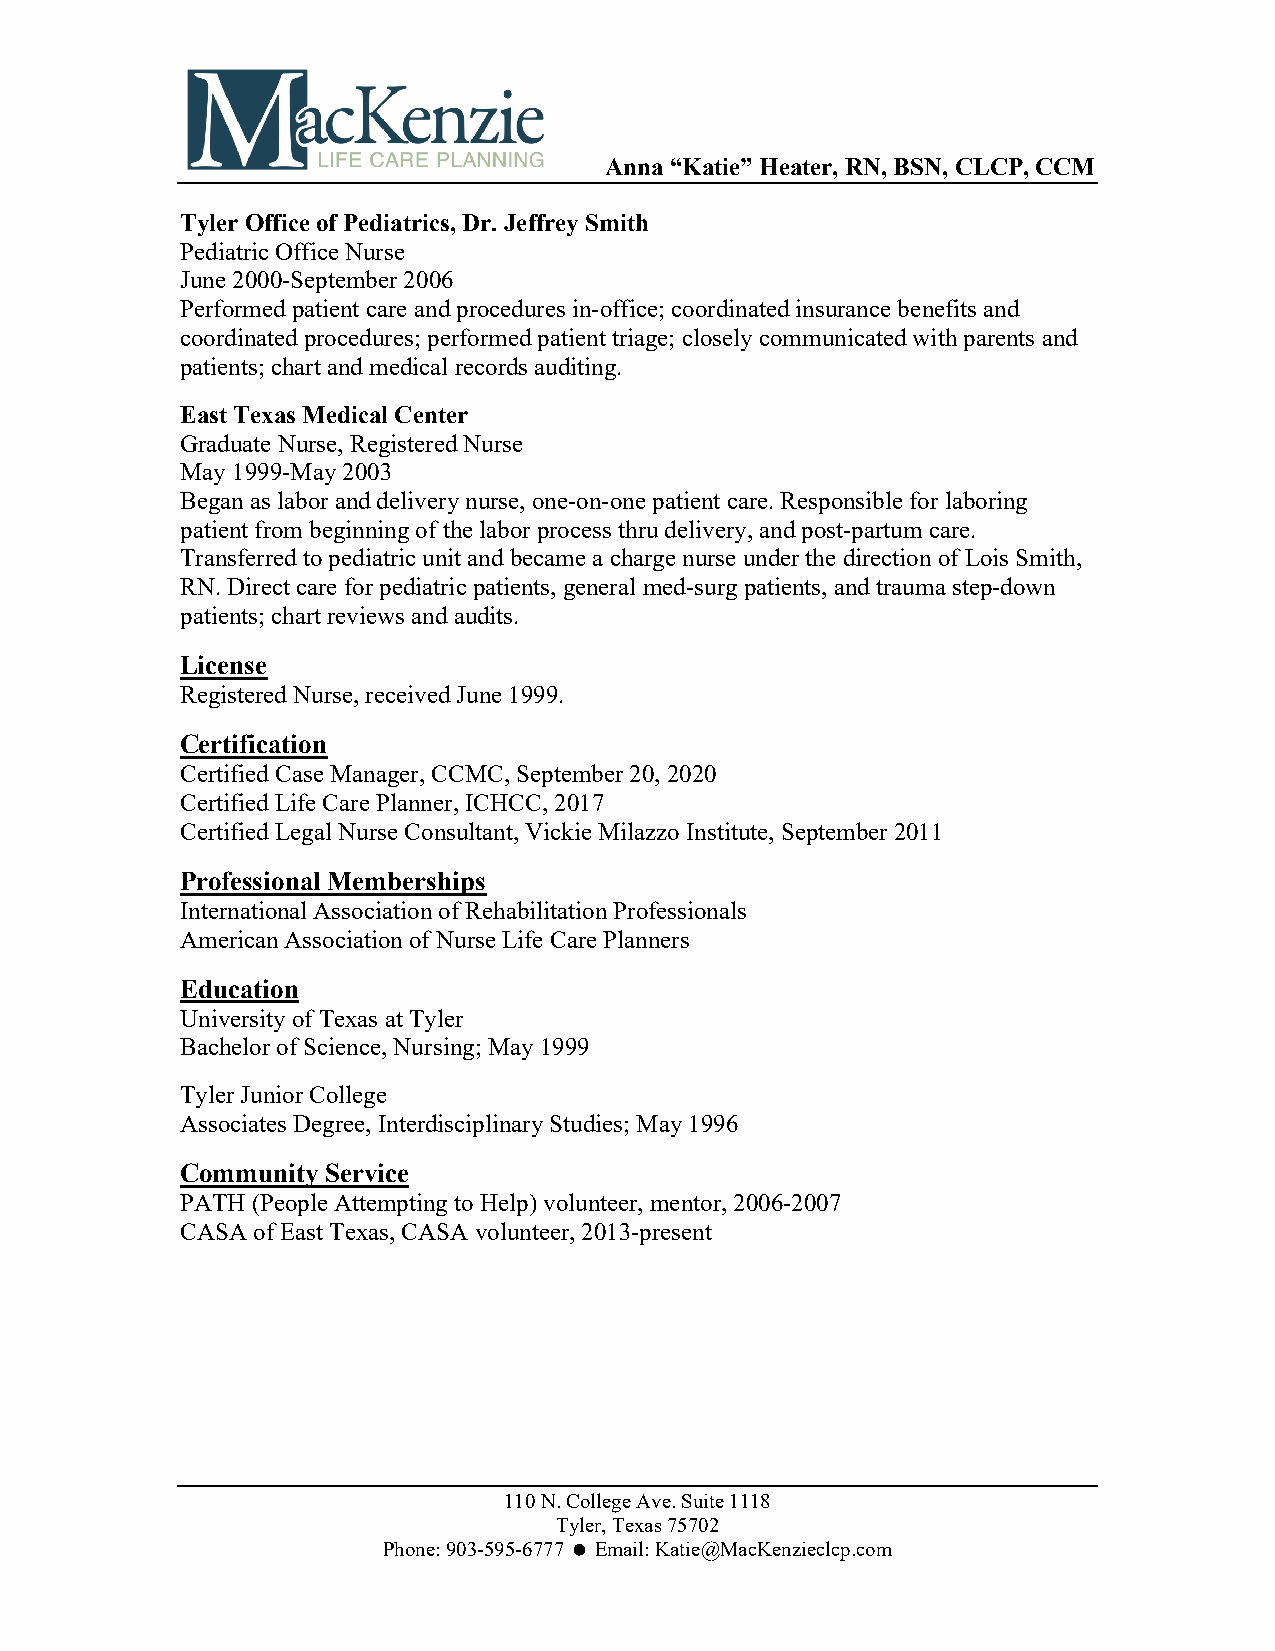
Anna “Katie” Heater, RN, BSN, CLCP, CCM
 Tyler Office of Pediatrics, Dr. Jeffrey Smith
 Pediatric Office Nurse
 June 2000-September 2006
 Performed patient care and procedures in-office; coordinated insurance benefits and
 coordinated procedures; performed patient triage; closely communicated with parents and
 patients; chart and medical records auditing.
 East Texas Medical Center
 Graduate Nurse, Registered Nurse
 May 1999-May 2003
 Began as labor and delivery nurse, one-on-one patient care. Responsible for laboring
 patient from beginning of the labor process thru delivery, and post-partum care.
 Transferred to pediatric unit and became a charge nurse under the direction of Lois Smith,
 RN. Direct care for pediatric patients, general med-surg patients, and trauma step-down
 patients; chart reviews and audits.
 License
 Registered Nurse, received June 1999.
 Certification
 Certified Case Manager, CCMC, September 20, 2020
 Certified Life Care Planner, ICHCC, 2017
 Certified Legal Nurse Consultant, Vickie Milazzo Institute, September 2011
 Professional Memberships
 International Association of Rehabilitation Professionals
 American Association of Nurse Life Care Planners
 Education
 University of Texas at Tyler
 Bachelor of Science, Nursing; May 1999
 Tyler Junior College
 Associates Degree, Interdisciplinary Studies; May 1996
 Community Service
 PATH (People Attempting to Help) volunteer, mentor, 2006-2007
 CASA of East Texas, CASA volunteer, 2013-present
 110 N. College Ave. Suite 1118
 Tyler, Texas 75702
 Phone: 903-595-6777  Email: Katie@MacKenzieclcp.com